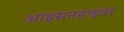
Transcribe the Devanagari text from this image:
आइसनहाइवर